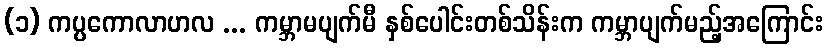
(၁) ကပ္ပကောလာဟလ ... ကမ္ဘာမပျက်မီ နှစ်ပေါင်းတစ်သိန်းက ကမ္ဘာပျက်မည့်အကြောင်း